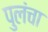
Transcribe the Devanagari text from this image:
पुलंचा